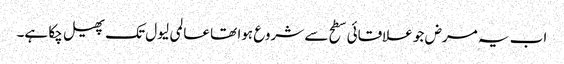
اب یہ مرض جو علاقائی سطح سے شروع ہوا تھا عالمی لیول تک پھیل چکا ہے۔